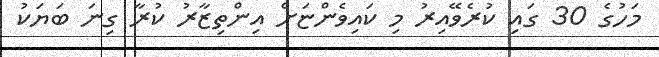
މަހުގެ 30 ގައި ކުރެވޭއިރު މި ކައިވެންޏަށް އިންތިޒާރު ކުރާ ގިނަ ބަޔަކު